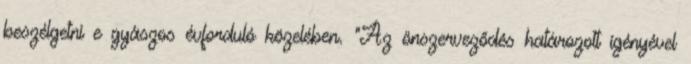
beszélgetni e gyászos évforduló közelében. "Az önszerveződés határozott igényével